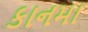
કાનમા